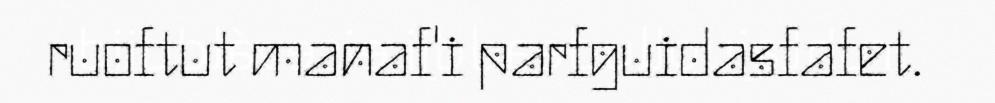
ruoftut manaf'i parfguidasfafet.